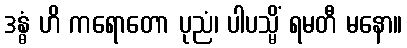
ဒန္ဓံ ဟိ ကရောတော ပုညံ၊ ပါပသ္မိံ ရမတီ မနော။